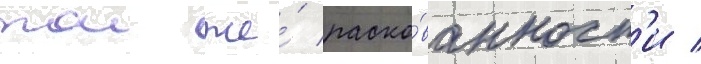
тои же́ раско́ванност'и /